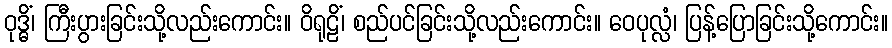
ဝုဒ္ဓိံ၊ ကြီးပွားခြင်းသို့လည်းကောင်း။ ဝိရုဠိံ၊ စည်ပင်ခြင်းသို့လည်းကောင်း။ ဝေပုလ္လံ၊ ပြန့်ပြောခြင်းသို့ကောင်း။